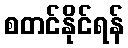
စတင်နိုင်ရန်